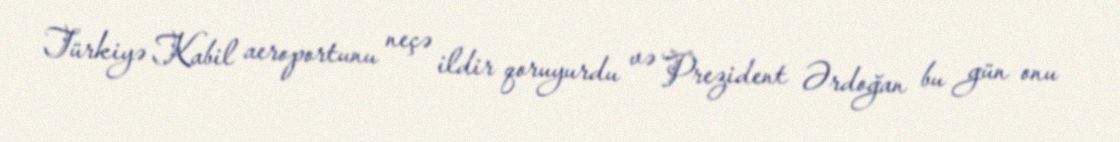
Türkiyə Kabil aeroportunu neçə ildir qoruyurdu və Prezident Ərdoğan bu gün onu